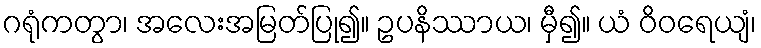
ဂရုံကတွာ၊ အလေးအမြတ်ပြု၍။ ဥပနိဿာယ၊ မှီ၍။ ယံ ဝိဝရေယျံ၊